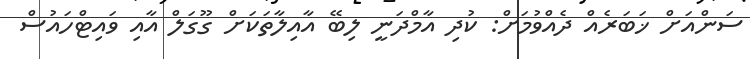
ސަންއަށް ޚަބަރެއް ދެއްވުމަށް: ކުދި އާމްދަނީ ލިބޭ އާއިލާތަކަށް ގޫގަލް އާއި ވައިޓްހައުސް